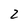
Character: 2